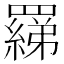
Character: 𦌢